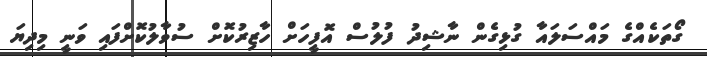
ގޯތަކެއްގެ މައްސަލައާ ގުޅިގެން ނާޝިދު ފުލުސް އޮފީހަށް ހާޒިރުކޮށް ސުވާލުކޮށްފައި ވަނީ މިދިޔަ